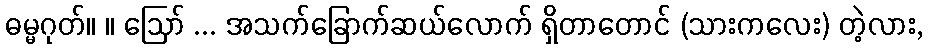
ဓမ္မဂုတ်။ ။ ဩော် ... အသက်ခြောက်ဆယ်လောက် ရှိတာတောင် (သားကလေး) တဲ့လား,